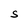
Character: S